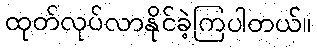
ထုတ်လုပ်လာနိုင်ခဲ့ကြပါတယ်။